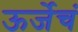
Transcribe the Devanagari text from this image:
ऊर्जेचं